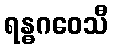
ရန္ဓဂဝေသီ